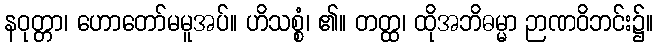
နဝုတ္တာ၊ ဟောတော်မမူအပ်။ ဟိသစ္စံ၊ ၏။ တတ္ထ၊ ထိုအဘိဓမ္မာ ဉာဏဝိဘင်း၌။